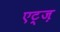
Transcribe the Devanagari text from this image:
एट्ज़